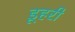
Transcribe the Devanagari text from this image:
डूहरी